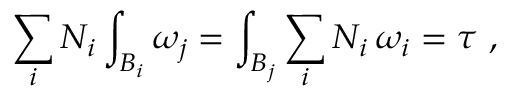
\sum _ { i } N _ { i } \int _ { B _ { i } } \omega _ { j } = \int _ { B _ { j } } \sum _ { i } N _ { i } \, \omega _ { i } = \tau \ ,